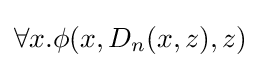
\forall x.\phi (x,D_{n}(x,z),z)